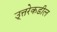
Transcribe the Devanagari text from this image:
उ्त्तरेकडील